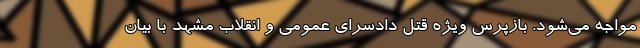
مواجه می‌شود. بازپرس ویژه قتل دادسرای عمومی و انقلاب مشهد با بیان